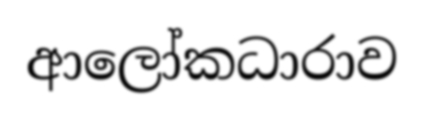
ආලෝකධාරාව